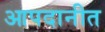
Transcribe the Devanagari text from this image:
आपदानीत